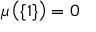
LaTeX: \mu \left( \{ 1 \} \right) = 0 \,